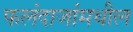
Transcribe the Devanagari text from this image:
फलंदाजांमधील